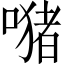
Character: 𱔢